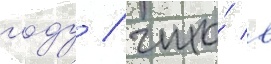
году / что́ в